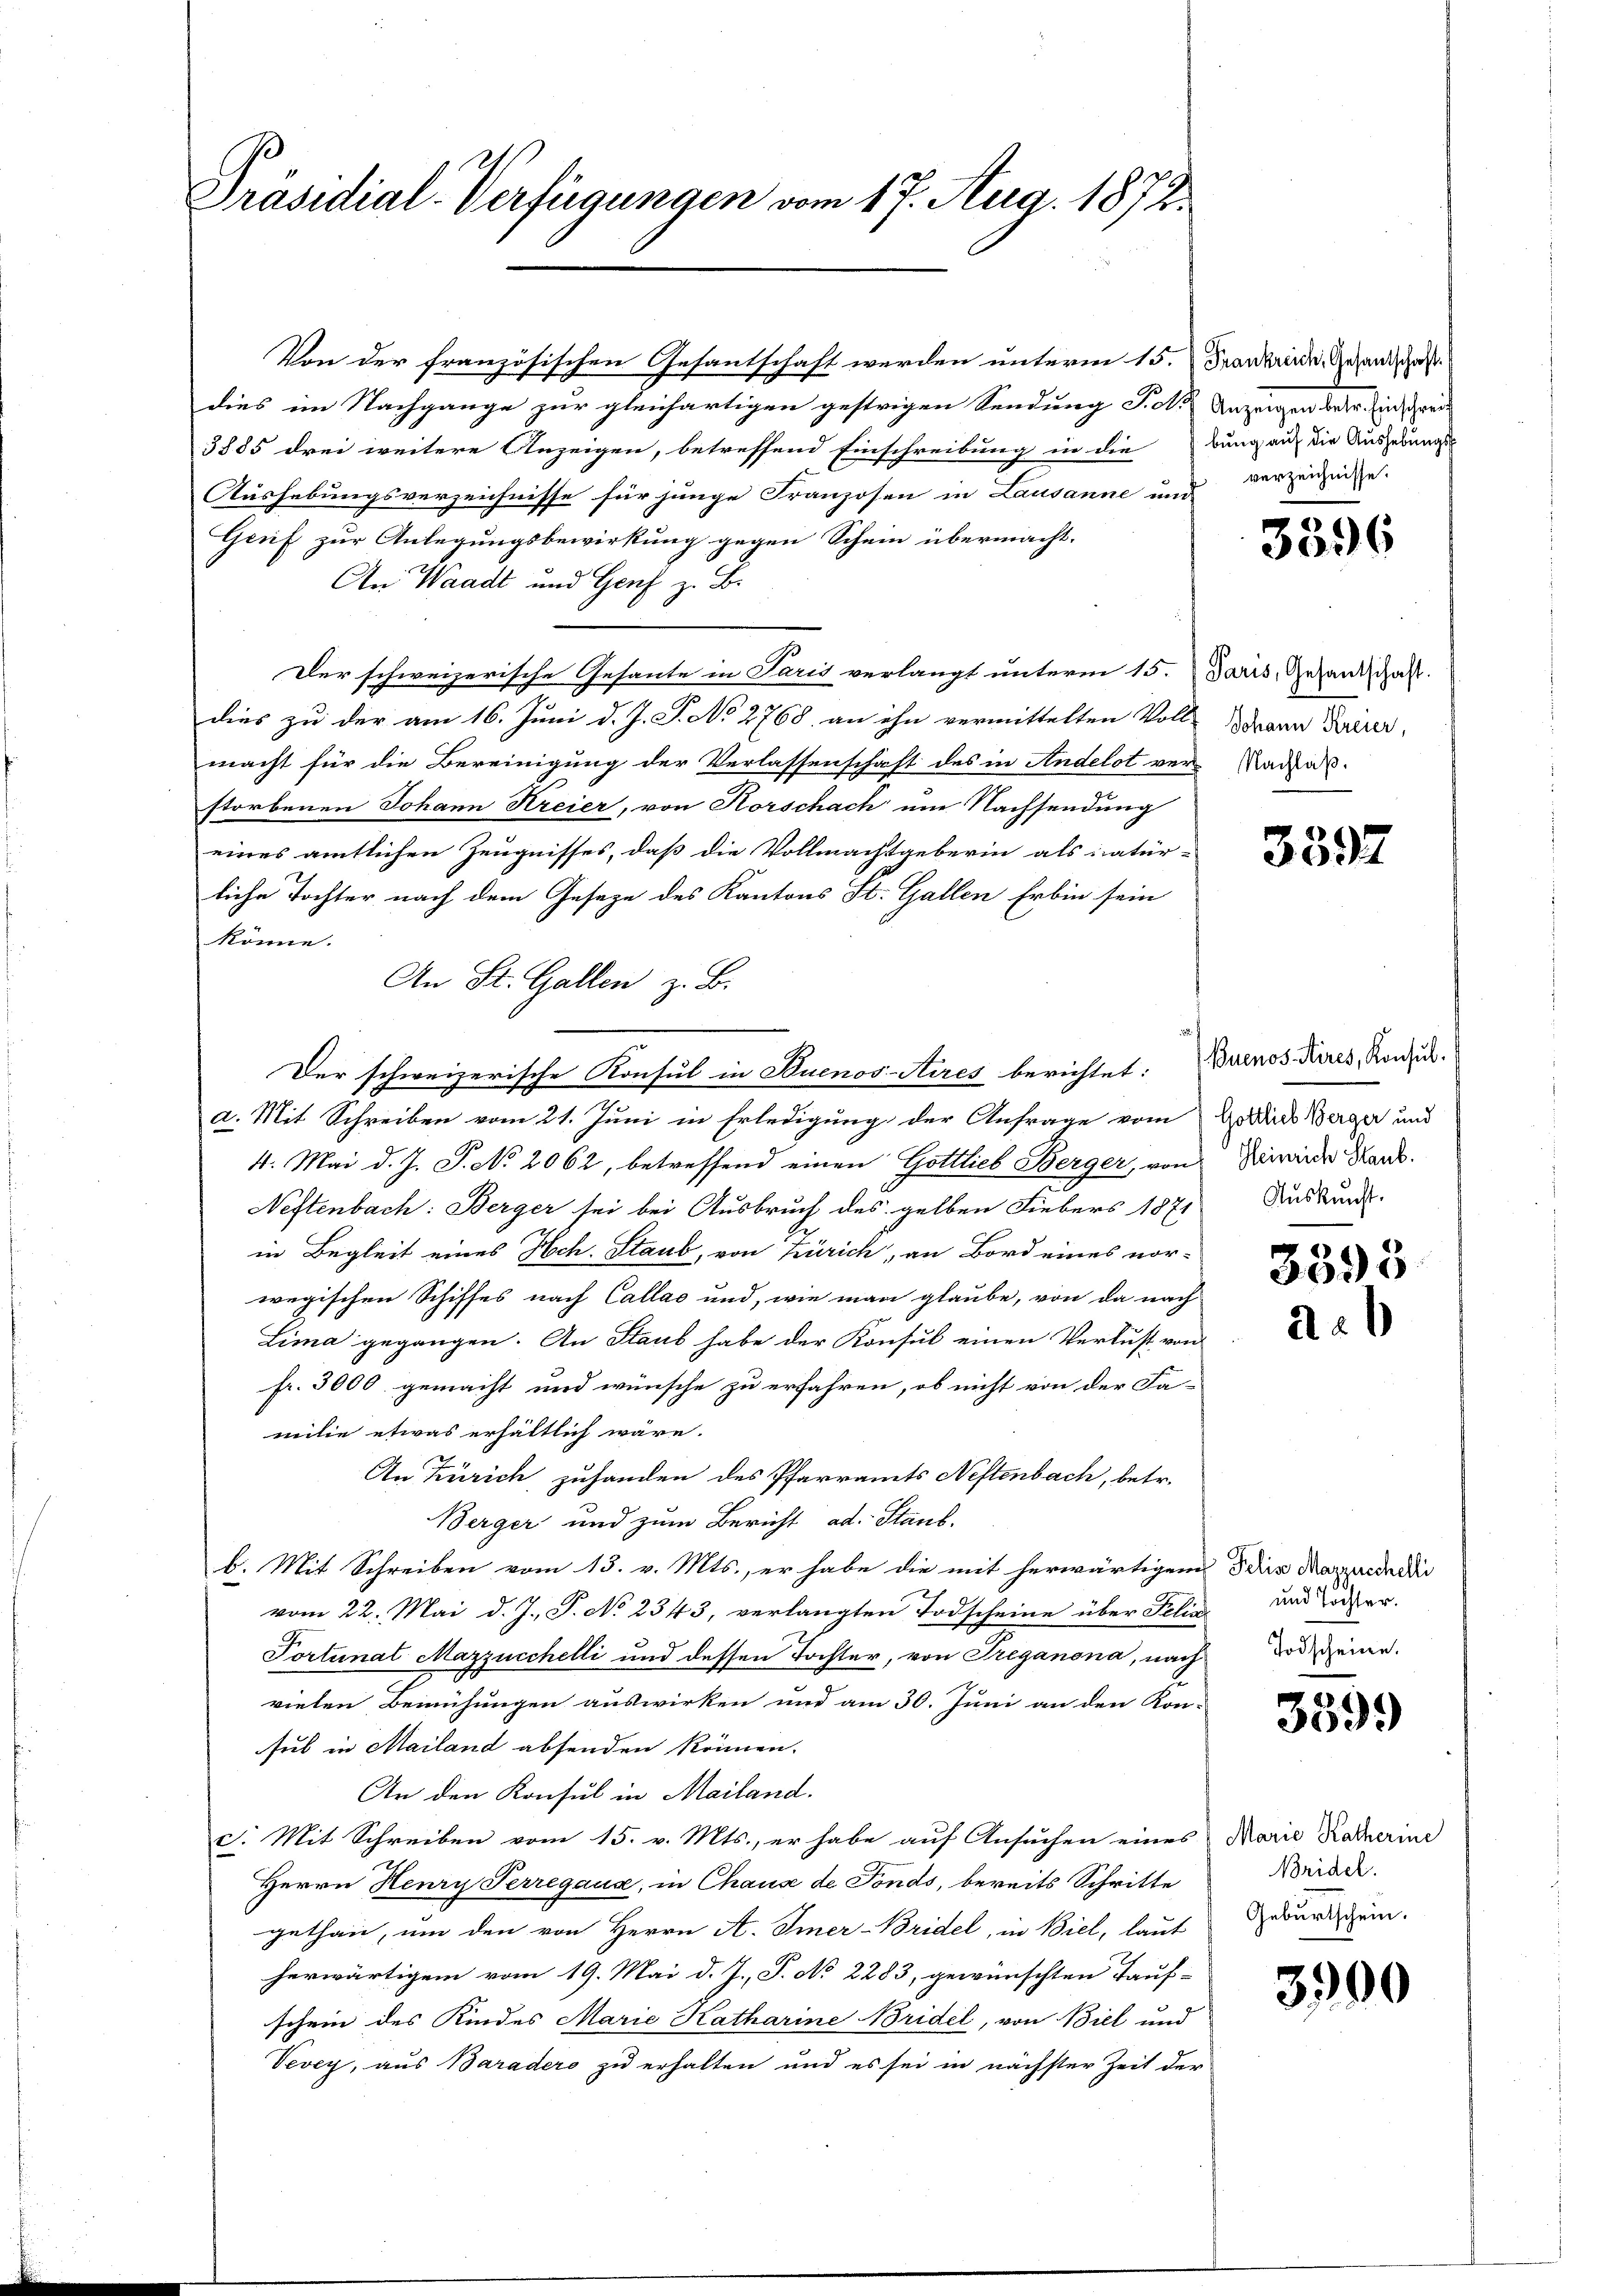
Präsidial-Verfügungen vom 17. Aug. 1872.

Von der französischen Gesantschaft werden unterm 15. Frankreide Gesandschaft
dies im Nachgange zur gleichartigen gestrigen Sendung S. M. Anzeigen betr. Ein Gren
3885 drei weitere Anzeigen, betreffend Einschreibung in die Burgauf die Ausgebungs-
Aushebungsverzeichnisse für junge Franzosen in Lausanne und
Genf zur Anlegungsbewirkung gegen Schein übermacht.
An Waadt und Genf z. B.
Der schweizerische Gesante in Paris verlangt unterm 15. Paris, Gesandschaft.
dies zu der am 16. Juni d. J. J. No 2768. an ihn vermittelten Volls dann Freier,
macht für die Bereinigung der Verlassenschaft des in Andelst ver-Nachal-
storbenen Johann Kreier, von Horschach um Nachsendung
eines amtlichen Zeugnisses, daß die Vollmachtgeberin als natür-
liche Tochter nach dem Geseze des Kantons St. Gallen Erbin sein
könne.
An St. Gallen z. B.
e
Der schweizerische Konsul in Stuenos-Aires berichtet: Buenos-Kures, Rond.
a. Mit Schreiben vom 21. Juni in Erledigung der Anfrage vom
4. Mai d. J. J. No 2062, betreffend einen Gottlieb Berger, von Darwieder Hand¬
Neftenbach: Berger sei bei Ausbruch des gelben Fiebers 1871 Auskunde.
in Begleit eines Hch. Staub, von Zürich, an Bord eines vor-
wegischen Schiffes nach Callac und, wie man glaube, von da nach
Lima gegangen. An Staub habe der Konsul einen Verlust von
fr. 3000 gemacht und wünsche zu erfahren, ob nicht von der Fa-
milie etwas erhältlich wäre.
An Zürich, zuhanden des Pfarramts Nestenbach, betr.
Berger und zum Bericht ad. Staub,
b. Mit Schreiben vom 13. v. Mts., er habe die mit herwärtigem
vom 22. Mai d. J. P. No 2343, verlangten Todscheine über Felin
Portunat Mazzucchelli und dessen Tochter, von Treganona, nach
vielen Bemühungen auswirken und am 30. Juni an den Kon-
sul in Mailand absenden können.
An den Konsul in Mailand.
c. Mit Schreiben vom 15. v. Mts., er habe auf Ansuchen eines
Herrn Henry Perregaus, in Chaus de Fonds, bereits Schritte
gethan, um den von Herrn A. Imer-Bridel, in Biel, laut
herwärtigem vom 19. Mai d. J., S. No 2283, gewünschten Tauf-
schein des Kindes Marie Katharine Bridel, von Biel und
Vevey, aus Baradero zu erhalten und es sei in nächster Zeit der

verzeichnisse.

3396

3397

Gottlich Berger und

3395

2

¬

Jelis Marzuschelli
und Tochter.
Todscheine.

3599

Marie Katherine
Noridel.
Geburtschein.

3900